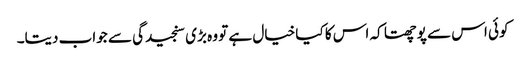
کوئی اس سے پوچھتا کہ اس کا کیا خیال ہے تو وہ بڑی سنجیدگی سے جواب دیتا۔